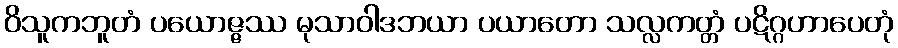
ဝိသူကဘူတံ ပယောဇ္ဇဿ မုသာဝါဒဘယာ ပယာတော သလ္လကတ္တံ ပဋိဂ္ဂဟာပေတုံ